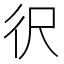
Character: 鿈